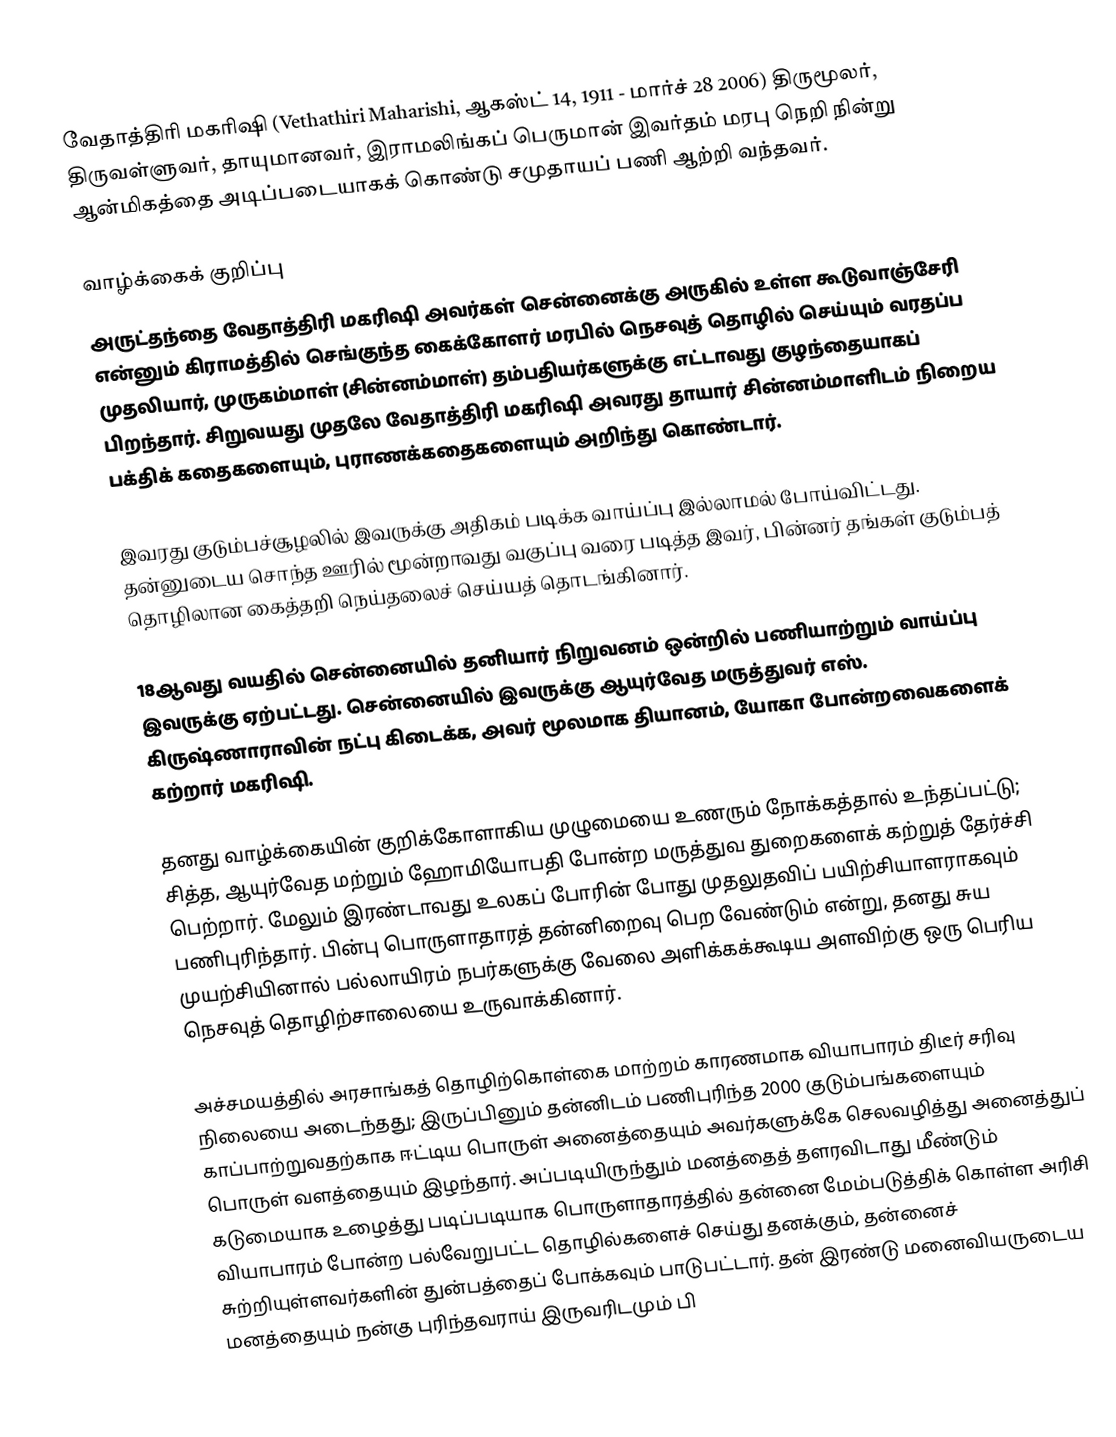
வேதாத்திரி மகரிஷி (Vethathiri Maharishi, ஆகஸ்ட் 14, 1911 - மார்ச் 28 2006) திருமூலர், திருவள்ளுவர், தாயுமானவர், இராமலிங்கப் பெருமான் இவர்தம் மரபு நெறி நின்று  ஆன்மிகத்தை அடிப்படையாகக் கொண்டு சமுதாயப் பணி ஆற்றி வந்தவர்.

வாழ்க்கைக் குறிப்பு
அருட்தந்தை வேதாத்திரி மகரிஷி அவர்கள் சென்னைக்கு அருகில் உள்ள கூடுவாஞ்சேரி என்னும் கிராமத்தில் செங்குந்த கைக்கோளர் மரபில் நெசவுத் தொழில் செய்யும் வரதப்ப முதலியார், முருகம்மாள் (சின்னம்மாள்) தம்பதியர்களுக்கு எட்டாவது குழந்தையாகப் பிறந்தார். சிறுவயது முதலே வேதாத்திரி மகரிஷி அவரது தாயார் சின்னம்மாளிடம் நிறைய பக்திக் கதைகளையும், புராணக்கதைகளையும் அறிந்து கொண்டார்.

இவரது குடும்பச்சூழலில் இவருக்கு அதிகம் படிக்க வாய்ப்பு இல்லாமல் போய்விட்டது. தன்னுடைய சொந்த ஊரில் மூன்றாவது வகுப்பு வரை படித்த இவர், பின்னர் தங்கள் குடும்பத் தொழிலான கைத்தறி நெய்தலைச் செய்யத் தொடங்கினார்.

18ஆவது வயதில் சென்னையில் தனியார் நிறுவனம் ஒன்றில் பணியாற்றும் வாய்ப்பு இவருக்கு ஏற்பட்டது. சென்னையில் இவருக்கு ஆயுர்வேத மருத்துவர் எஸ். கிருஷ்ணாராவின் நட்பு கிடைக்க, அவர் மூலமாக தியானம், யோகா போன்றவைகளைக் கற்றார் மகரிஷி.

தனது வாழ்க்கையின் குறிக்கோளாகிய முழுமையை உணரும் நோக்கத்தால் உந்தப்பட்டு; சித்த, ஆயுர்வேத மற்றும் ஹோமியோபதி போன்ற மருத்துவ துறைகளைக் கற்றுத் தேர்ச்சி பெற்றார். மேலும் இரண்டாவது உலகப் போரின் போது முதலுதவிப் பயிற்சியாளராகவும் பணிபுரிந்தார். பின்பு பொருளாதாரத் தன்னிறைவு பெற வேண்டும் என்று, தனது சுய முயற்சியினால் பல்லாயிரம் நபர்களுக்கு வேலை அளிக்கக்கூடிய அளவிற்கு ஒரு பெரிய நெசவுத் தொழிற்சாலையை உருவாக்கினார்.

அச்சமயத்தில் அரசாங்கத் தொழிற்கொள்கை மாற்றம் காரணமாக வியாபாரம் திடீர் சரிவு நிலையை அடைந்தது; இருப்பினும் தன்னிடம் பணிபுரிந்த 2000 குடும்பங்களையும் காப்பாற்றுவதற்காக ஈட்டிய பொருள் அனைத்தையும் அவர்களுக்கே செலவழித்து அனைத்துப் பொருள் வளத்தையும் இழந்தார். அப்படியிருந்தும் மனத்தைத் தளரவிடாது மீண்டும் கடுமையாக உழைத்து படிப்படியாக பொருளாதாரத்தில் தன்னை மேம்படுத்திக் கொள்ள அரிசி வியாபாரம் போன்ற பல்வேறுபட்ட தொழில்களைச் செய்து தனக்கும், தன்னைச் சுற்றியுள்ளவர்களின் துன்பத்தைப் போக்கவும் பாடுபட்டார். தன் இரண்டு மனைவியருடைய மனத்தையும் நன்கு புரிந்தவராய் இருவரிடமும் பி